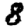
Digit: 8